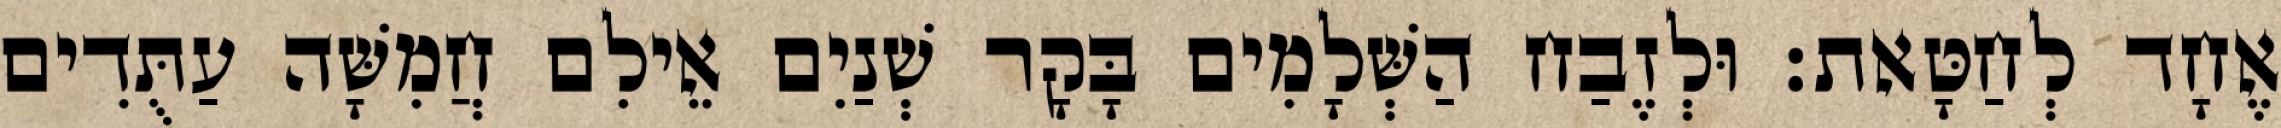
אֶחָד לְחַטָּאת׃ וּלְזֶבַח הַשְּׁלָמִים בָּקָר שְׁנַיִם אֵילִם חֲמִשָּׁה עַתֻּדִים